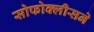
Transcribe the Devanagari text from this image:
सोफोक्लीसने